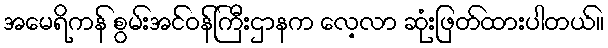
အမေရိကန် စွမ်းအင်ဝန်ကြီးဌာနက လေ့လာ ဆုံးဖြတ်ထားပါတယ်။